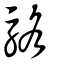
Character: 駱